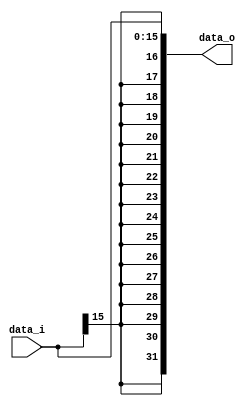
//109550070
//Subject:     CO project 2 - Sign extend
//--------------------------------------------------------------------------------
//Version:     1
//--------------------------------------------------------------------------------
//Writer:      
//----------------------------------------------
//Date:        
//----------------------------------------------
//Description: 
//--------------------------------------------------------------------------------

module Sign_Extend(
    data_i,
    data_o
    );
               
//I/O ports
input   [16-1:0] data_i;
output  [32-1:0] data_o;

//Internal Signals
reg     [32-1:0] data_o;

//Sign extended

always @(*) begin
    data_o <= {{16{data_i[15]}}, data_i[15:0]};
end
          
endmodule